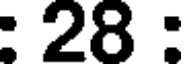
: 28 :